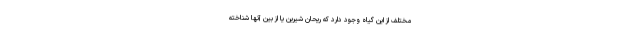
مختلف از این گیاه وجود دارد که ریحان شیرین یا از بین آنها شناخته